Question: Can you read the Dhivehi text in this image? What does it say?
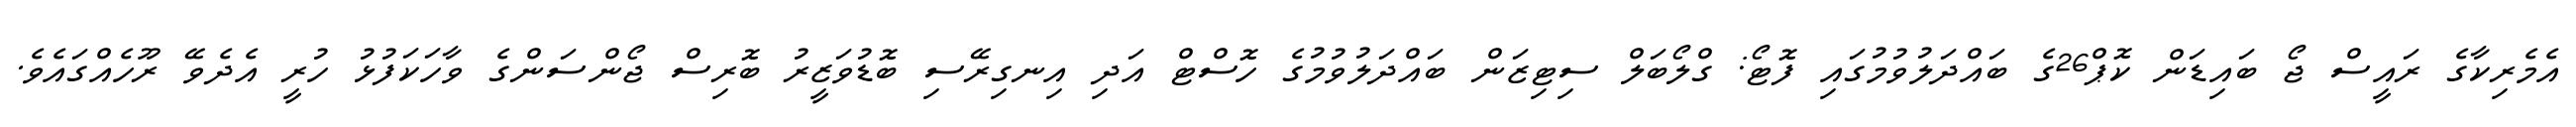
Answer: އެމެރިކާގެ ރައީސް ޖޯ ބައިޑަން ކޮޕް26ގެ ބައްދަލުވުމުގައި ފޮޓޯ: ގްލޯބަލް ސިޓިޒަން ބައްދަލުވުމުގެ ހޮސްޓް އަދި އިނގިރޭސި ބޮޑުވަޒީރު ބޮރިސް ޖޯންސަންގެ ވާހަކަފުޅު ހުރީ އެދެވޭ ރޫހެއްގައެވެ.